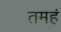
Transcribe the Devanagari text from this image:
तमहं